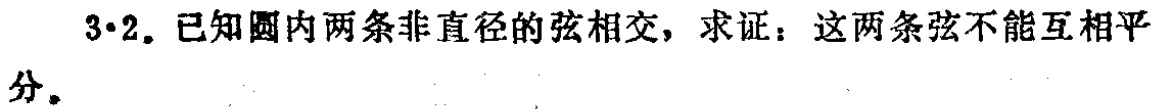
3·2. 已知圆内两条非直径的弦相交，求证：这两条弦不能互相平分。